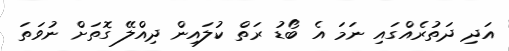
އަދި ދަތުރެއްގައި ނަމަ އެ ބޯޑު ރަތް ކުލައިން ދިއްލޭ ގޮތަށް ނުވަތަ